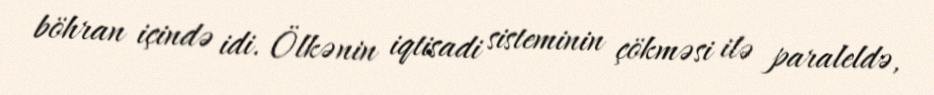
böhran içində idi. Ölkənin iqtisadi sisteminin çökməsi ilə paraleldə,